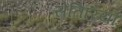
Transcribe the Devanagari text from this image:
सेतिरिया